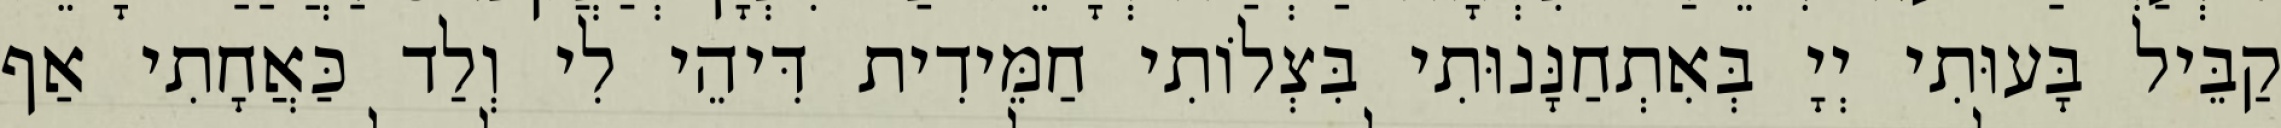
קַבֵּיל בָּעוּתִי יְיָ בְּאִתְחַנָּנוּתִי בִּצְלוֹתִי חַמֵּידִית דִּיהֵי לִי וְלַד כַּאֲחָתִי אַף